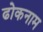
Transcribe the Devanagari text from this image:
ढोकनाम